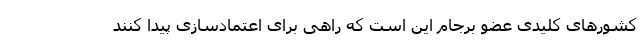
کشورهای کلیدی عضو برجام این است که راهی برای اعتمادسازی پیدا کنند